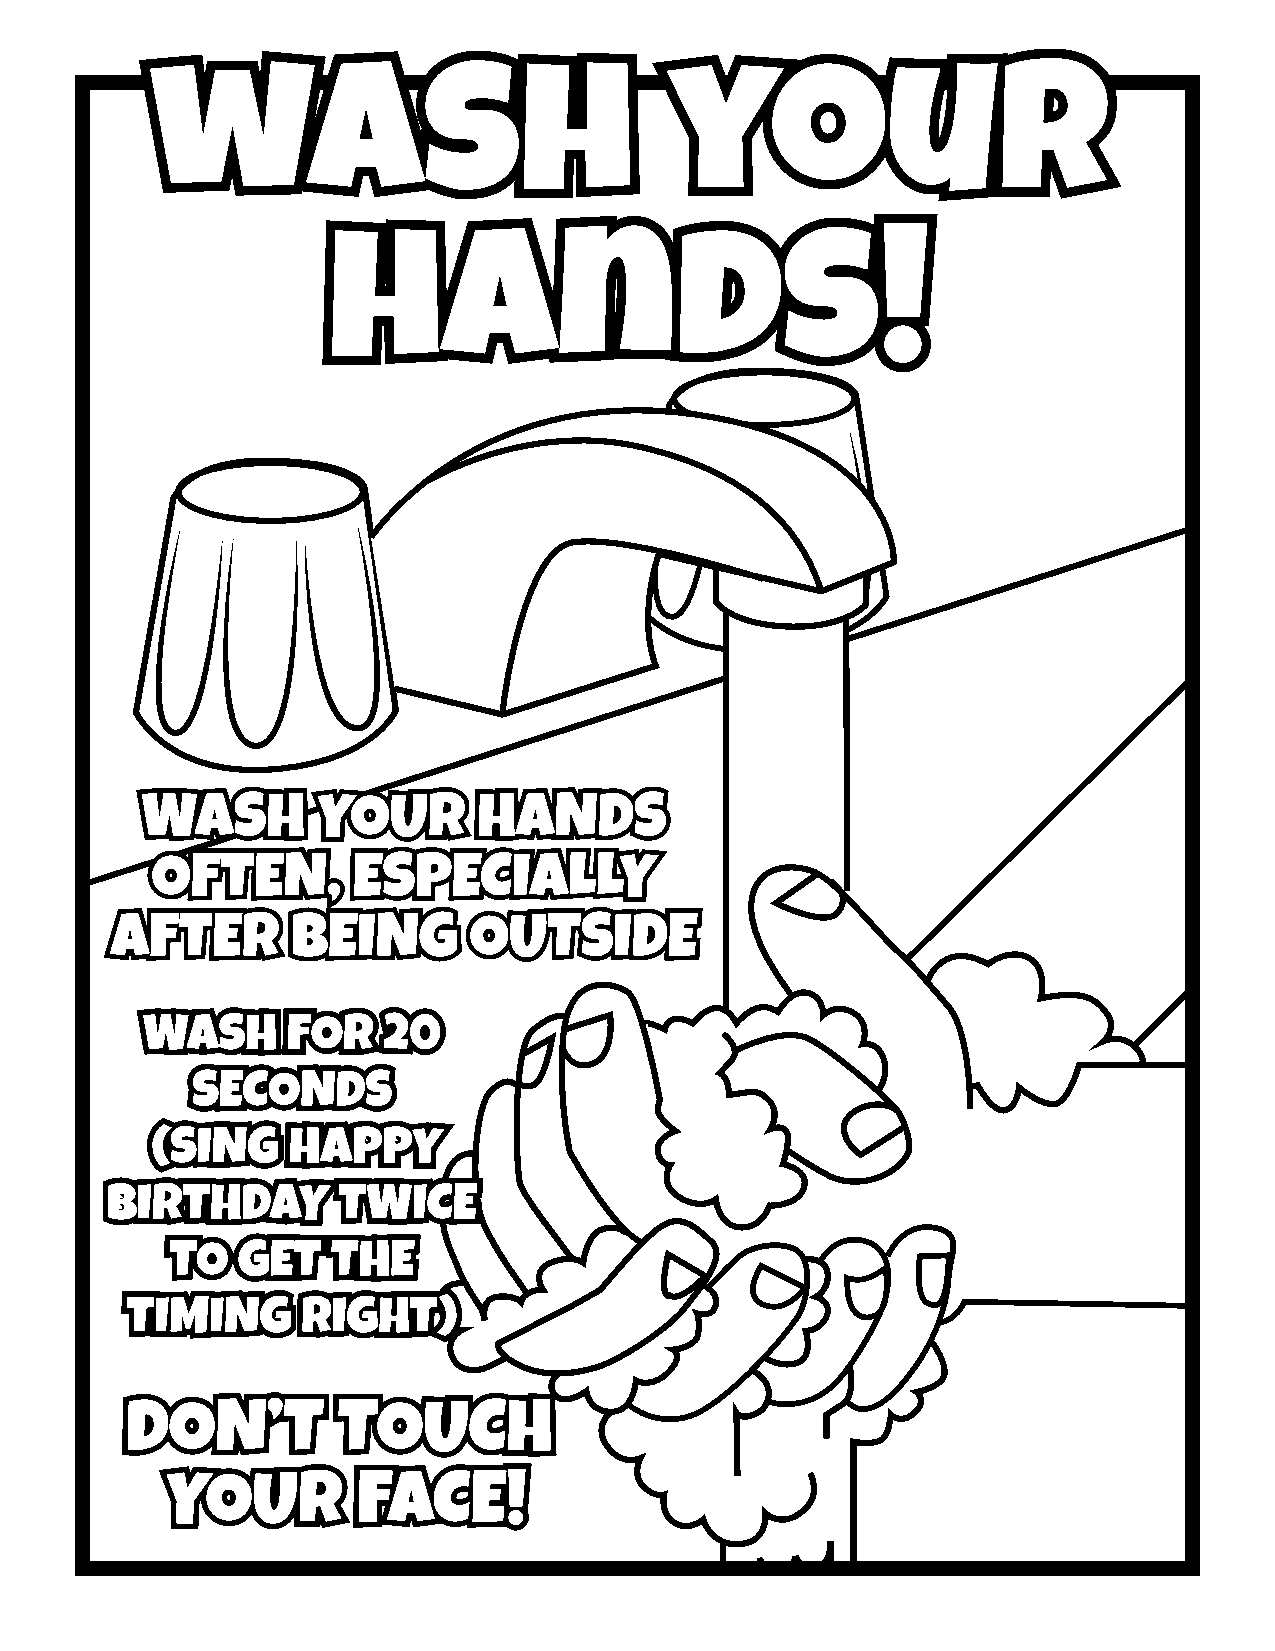
wwaasshh                          yyoouurr
 hhaannddss!!
 WWAASSHH    YYOOUURR   HHAANNDDSS
 OOFFTTEENN,, EESSPPEECCIIAALLLLYY
 AAFFTTEERR  BBEEIINNGG  OOUUTTSSIIDDEE
 WWAASSHH  FFOORR 2200
 SSEECCOONNDDSS
 ((SSIINNGG HHAAPPPPYY
 BBIIRRTTHHDDAAYY TTWWIICCEE
 TTOO GGEETT TTHHEE
 TTIIMMIINNGG RRIIGGHHTT))
 DDOONN’’TT    TTOOUUCCHH
 YYOOUURR     FFAACCEE!!